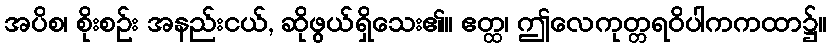
အပိစ၊ စိုးစဉ်း အနည်းငယ်, ဆိုဖွယ်ရှိသေး၏။ ဧတ္ထ၊ ဤလေကုတ္တရဝိပါကကထာ၌။